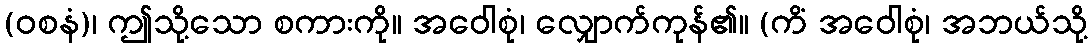
(ဝစနံ)၊ ဤသို့သော စကားကို။ အဝေါစုံ၊ လျှောက်ကုန်၏။ (ကိံ အဝေါစုံ၊ အဘယ်သို့